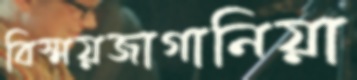
বিস্ময়জাগানিয়া